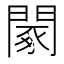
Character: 䦠